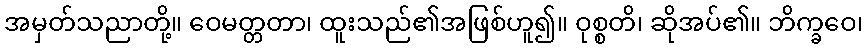
အမှတ်သညာတို့။ ဝေမတ္တတာ၊ ထူးသည်၏အဖြစ်ဟူ၍။ ဝုစ္စတိ၊ ဆိုအပ်၏။ ဘိက္ခဝေ၊